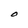
Character: O